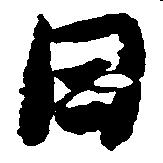
日